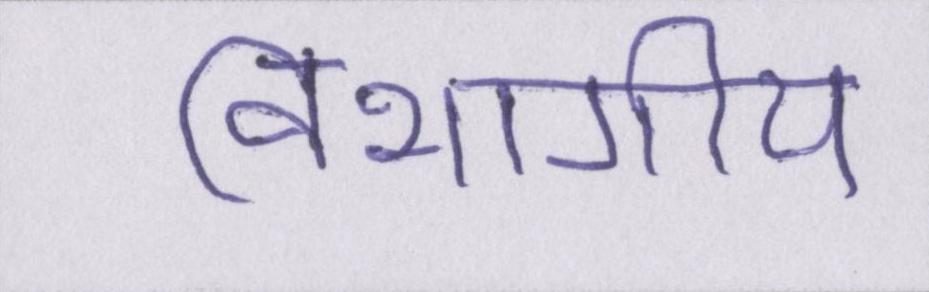
विभागीय